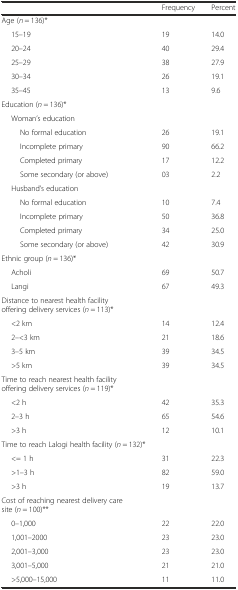
<table><thead><tr><td></td><td><b>Frequency</b></td><td><b>Percent</b></td></tr></thead><tbody><tr><td>Age (<i>n</i> = 136)*</td><td></td><td></td></tr><tr><td>15–19</td><td>19</td><td>14.0</td></tr><tr><td>20–24</td><td>40</td><td>29.4</td></tr><tr><td>25–29</td><td>38</td><td>27.9</td></tr><tr><td>30–34</td><td>26</td><td>19.1</td></tr><tr><td>35–45</td><td>13</td><td>9.6</td></tr><tr><td>Education (<i>n</i> = 136)*</td><td></td><td></td></tr><tr><td>Woman’s education</td><td></td><td></td></tr><tr><td>No formal education</td><td>26</td><td>19.1</td></tr><tr><td>Incomplete primary</td><td>90</td><td>66.2</td></tr><tr><td>Completed primary</td><td>17</td><td>12.2</td></tr><tr><td>Some secondary (or above)</td><td>03</td><td>2.2</td></tr><tr><td>Husband’s education</td><td></td><td></td></tr><tr><td>No formal education</td><td>10</td><td>7.4</td></tr><tr><td>Incomplete primary</td><td>50</td><td>36.8</td></tr><tr><td>Completed primary</td><td>34</td><td>25.0</td></tr><tr><td>Some secondary (or above)</td><td>42</td><td>30.9</td></tr><tr><td>Ethnic group (<i>n</i> = 136)*</td><td></td><td></td></tr><tr><td>Acholi</td><td>69</td><td>50.7</td></tr><tr><td>Langi</td><td>67</td><td>49.3</td></tr><tr><td>Distance to nearest health facility offering delivery services (<i>n</i> = 113)*</td><td></td><td></td></tr><tr><td>&lt;2 km</td><td>14</td><td>12.4</td></tr><tr><td>2–&lt;3 km</td><td>21</td><td>18.6</td></tr><tr><td>3–5 km</td><td>39</td><td>34.5</td></tr><tr><td>&gt;5 km</td><td>39</td><td>34.5</td></tr><tr><td>Time to reach nearest health facility offering delivery services (<i>n</i> = 119)*</td><td></td><td></td></tr><tr><td>&lt;2 h</td><td>42</td><td>35.3</td></tr><tr><td>2–3 h</td><td>65</td><td>54.6</td></tr><tr><td>&gt;3 h</td><td>12</td><td>10.1</td></tr><tr><td>Time to reach Lalogi health facility (<i>n</i> = 132)*</td><td></td><td></td></tr><tr><td>&lt;= 1 h</td><td>31</td><td>22.3</td></tr><tr><td>&gt;1–3 h</td><td>82</td><td>59.0</td></tr><tr><td>&gt;3 h</td><td>19</td><td>13.7</td></tr><tr><td>Cost of reaching nearest delivery care site (<i>n</i> = 100)**</td><td></td><td></td></tr><tr><td>0–1,000</td><td>22</td><td>22.0</td></tr><tr><td>1,001–2000</td><td>23</td><td>23.0</td></tr><tr><td>2,001–3,000</td><td>23</td><td>23.0</td></tr><tr><td>3,001–5,000</td><td>21</td><td>21.0</td></tr><tr><td>&gt;5,000–15,000</td><td>11</td><td>11.0</td></tr></tbody></table>